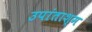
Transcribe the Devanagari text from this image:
उपांताश्म